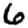
Digit: 6